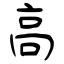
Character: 高